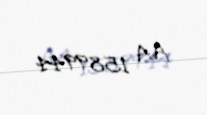
AA 1589944